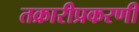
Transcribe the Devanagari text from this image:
तक्रारीप्रकरणी